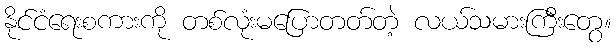
နိုင်ငံရေးစကားကို တစ်လုံးမပြောတတ်တဲ့ လယ်သမားကြီးတွေ။